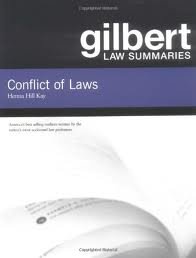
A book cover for Gilbert Law Summaries: Conflict of Laws 18th (eightteenth) edition; Herma Hill Kay; Law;